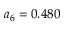
a _ { 6 } = 0 . 4 8 0